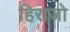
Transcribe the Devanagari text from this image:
हिराजो